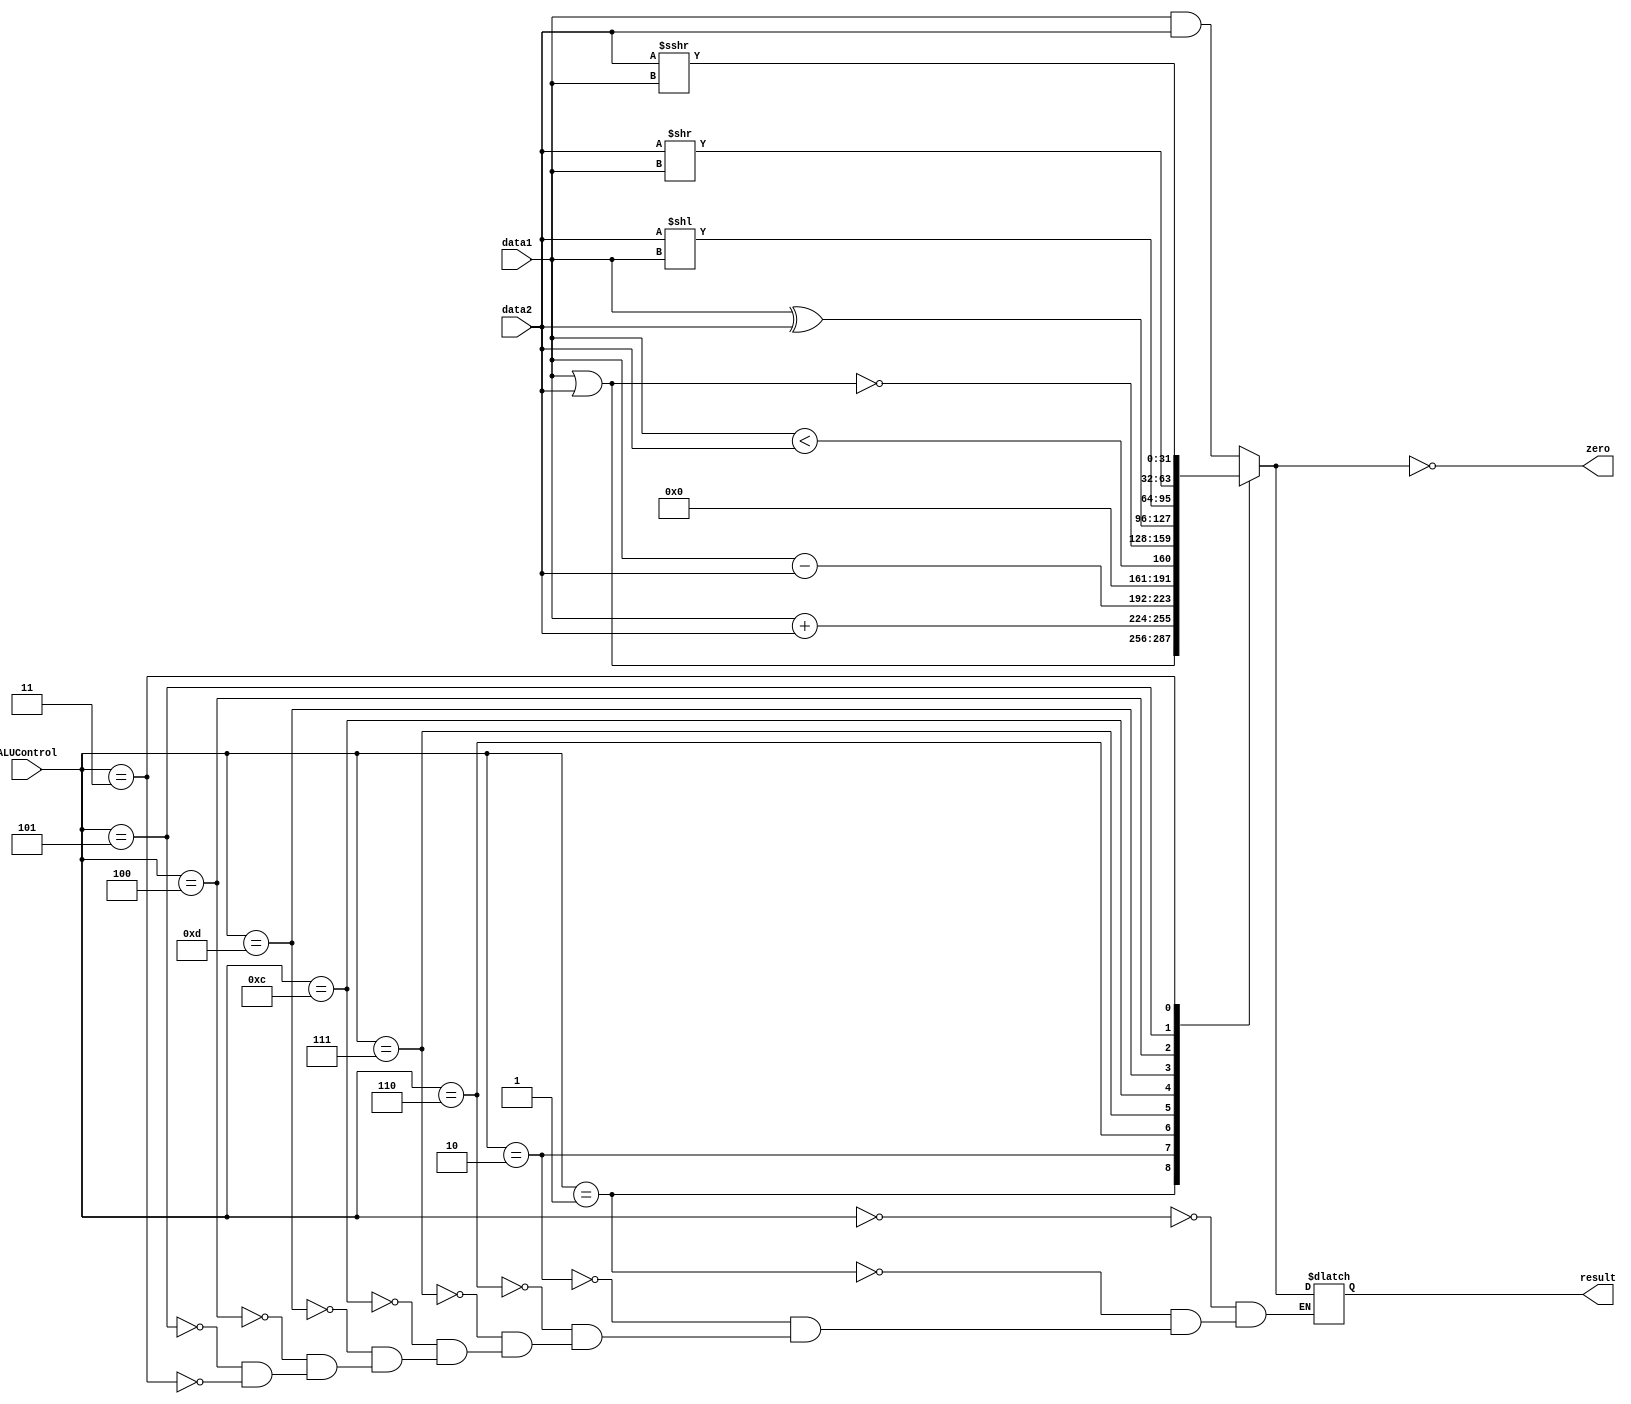
module ALU (
    input [31:0]        data1, 
    input [31:0]        data2, 
    input [3:0]         ALUControl, 
    output reg          zero, 
    output reg [31:0]   result
);
    /* 
    * Implementation Notes:
    * ---------------------------------------------------------
    * INPUTS:
    * data1 -> the first input data
    * data2 -> the second input data
    * ALUControl -> the 4-bit ALU control signal
    * OUTPUTS:
    * zero -> zero flag
    * result -> the computed result
    */

    /* Inputs declaration */
    wire signed [31:0]  data1;
    wire signed [31:0]  data2;
    wire [3:0]          ALUControl;

    always @(*) begin
        case (ALUControl) 
            /* AND */
            4'b0000: begin
                result = data1 & data2;
            end

            /* OR */
            4'b0001: begin
                result = data1 | data2;
            end

            /* add */
            4'b0010: begin
                result = data1 + data2;
            end

            /* subtract */
            4'b0110: begin
                result = data1 - data2;
            end

            /* set on less than */
            4'b0111: begin
                result = (data1 < data2);
            end

            /* NOR */
            4'b1100: begin
                result = ~(data1 | data2);
            end

            /* XOR */
            4'b1101: begin
                result = data1 ^ data2;
            end

            /* sll, sllv */
            4'b0100: begin
                result = data2 << data1; // deal with data1: shamt, rd
            end

            /* srl, srlv */
            4'b0101: begin
                result = data2 >> data1;
            end

            /* sra, srav */
            4'b0011: begin
                result = data2 >>> data1;
            end
        endcase

        zero = (result == 32'b0);
    end


endmodule